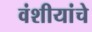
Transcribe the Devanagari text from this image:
वंशीयांचे